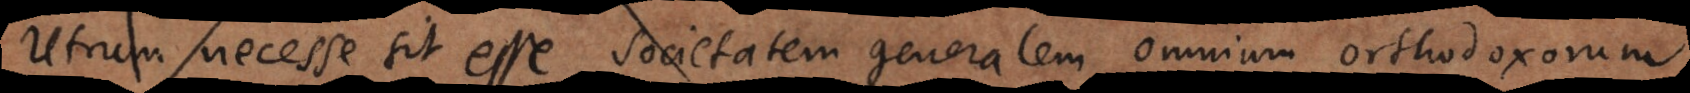
Utrum necesse sit esse societatem generalem omnium orthodoxorum